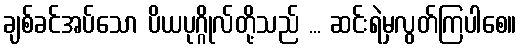
ချစ်ခင်အပ်သော ပိယပုဂ္ဂိုလ်တို့သည် ... ဆင်းရဲမှလွတ်ကြပါစေ။